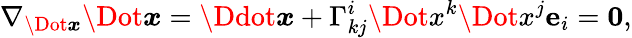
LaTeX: \nabla_{\Dot{\boldsymbol x}}\Dot{\boldsymbol{x}}=\Ddot{\boldsymbol x}+\Gamma_{kj}^{i}\Dot{x}^{k}\Dot{x}^{j}\mathbf{e}_{i}=\boldsymbol 0,